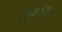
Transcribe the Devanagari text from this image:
कुहचित्